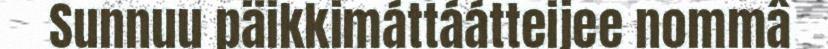
Sunnuu päikkimáttáátteijee nommâ